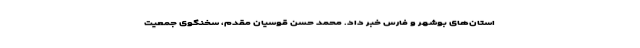
استان‌های بوشهر و فارس خبر داد. محمد حسن قوسیان مقدم، سخنگوی جمعیت